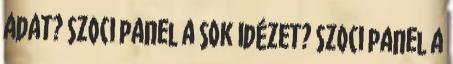
adat? Szoci panel a sok idézet? Szoci panel a